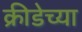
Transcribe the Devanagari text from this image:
क्रीडेच्या